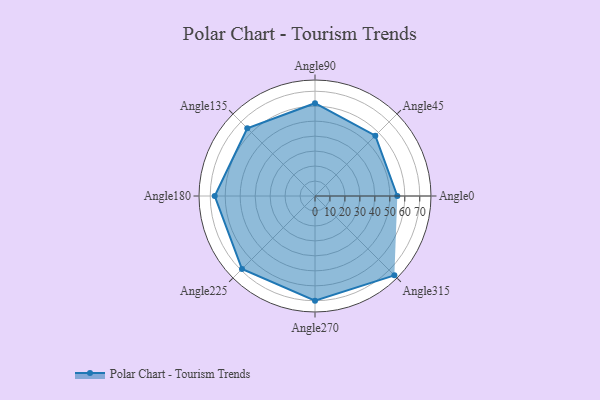
{"axis": {"x": "Angle", "y": "Radius"}, "legend": [""], "data": [{"x": "Angle0", "y": 55.0, "type": ""}, {"x": "Angle45", "y": 57.0, "type": ""}, {"x": "Angle90", "y": 62.0, "type": ""}, {"x": "Angle135", "y": 64.0, "type": ""}, {"x": "Angle180", "y": 67.0, "type": ""}, {"x": "Angle225", "y": 69.0, "type": ""}, {"x": "Angle270", "y": 70.0, "type": ""}, {"x": "Angle315", "y": 75.0, "type": ""}]}